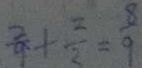
\frac { 2 } { 9 } + \frac { 2 } { 3 } = \frac { 8 } { 9 }